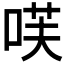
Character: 𭈏